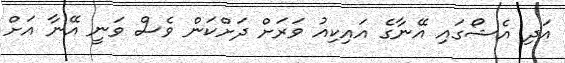
އަދި އެޝޯގައި އޭނާގެ އައިކިއު ވަރަށް ދަށްކަން ވެސް ވަނީ އޭނާ އަށް